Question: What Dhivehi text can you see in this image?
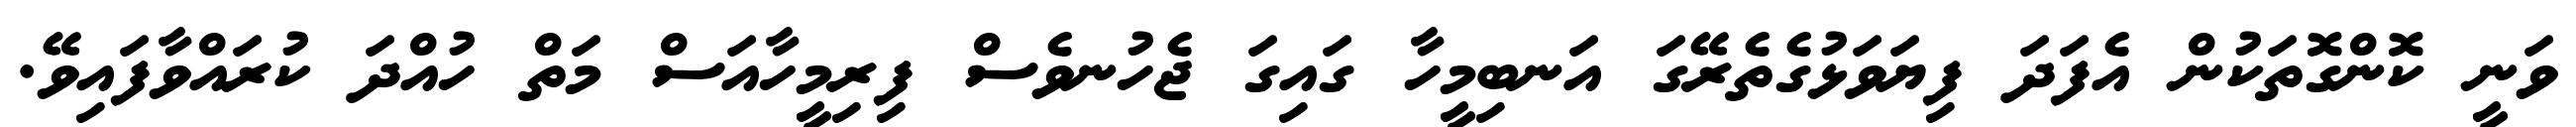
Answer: ވަނީ ކޮންގޮތަކުން އެފަދަ ފިޔަވަޅުގެތެރޭގަ އަނބިމީހާ ގައިގަ ޖެހުނވެސް ފިރިމީހާއަސް މަތް ހުއްދަ ކުރައްވާފައިވޭ.